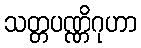
သတ္တပဏ္ဏိဂုဟာ